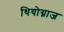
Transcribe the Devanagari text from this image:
थियोग्नाज